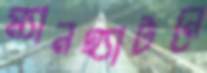
ম্যানহ্যাটনে